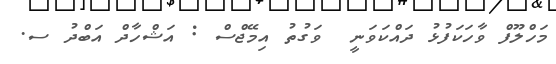
މަހްލޫފް ވާހަކަފުޅު ދައްކަވަނީ  ވަގުތު އިމޭޖްސް : އަޝްހާދް އަބްދު ސ.